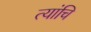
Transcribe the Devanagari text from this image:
त्यांचि